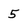
Character: 5